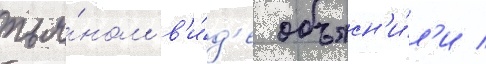
пья́ном в'и́д'е объясн'и́л'и /